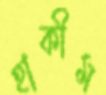
হাকীম